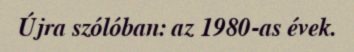
Újra szólóban: az 1980-as évek.